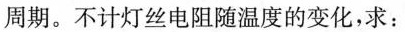
周期。不计灯丝电阻随温度的变化，求：